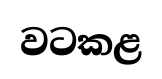
වටකළ